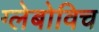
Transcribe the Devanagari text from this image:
ग्लेबोविच